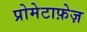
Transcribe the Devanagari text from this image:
प्रोमेटाफ़ेज़